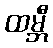
ထမ္ဘီ